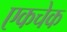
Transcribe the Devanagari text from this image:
एकचेक